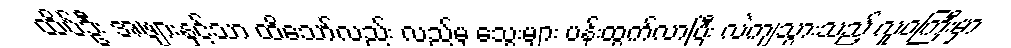
ထိပ်ဦး အဖျားနှင့်သာ ထိသော်လည်း လည်မှ သွေးများ ပန်းထွက်လာပြီး လဲကျသွားသည့် လူဝကြီးမှာ